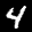
Digit: 4